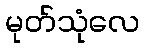
မုတ်သုံလေ